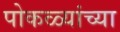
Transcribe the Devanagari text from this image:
पोकळ्यांच्या